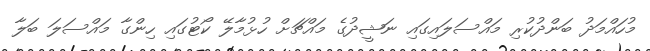
މުހައްމަދު ބަންދުކުރި މައްސަލައިގައި ނަޝީދުގެ މައްޗަށް ހުޅުމާލޭ ކޯޓުގައި ހިންގާ މައްސަލަ ބަލާ